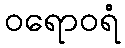
ဝရောဝရံ